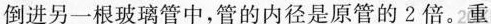
倒进另一根玻璃管中，管的内径是原管的2倍。重